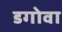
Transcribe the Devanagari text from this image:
डगोवा